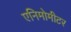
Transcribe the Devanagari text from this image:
एनिमोमीटर